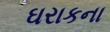
ઘરાકના